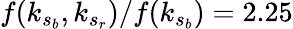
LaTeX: f(k_{s_{b}},k_{s_{r}})/f(k_{s_{b}})=2.25